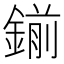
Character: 鎆